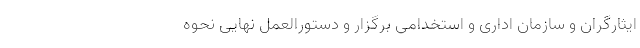
ایثارگران و سازمان اداری و استخدامی برگزار و دستورالعمل نهایی نحوه